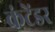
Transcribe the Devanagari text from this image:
कंटेंडर